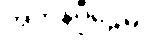
အဘိနိပ္ပီဠေမိ